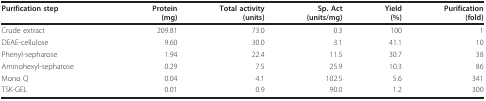
<table><thead><tr><td><b>Purification step</b></td><td><b>Protein(mg)</b></td><td><b>Total activity(units)</b></td><td><b>Sp. Act(units/mg)</b></td><td><b>Yield(%)</b></td><td><b>Purification(fold)</b></td></tr></thead><tbody><tr><td>Crude extract</td><td>209.81</td><td>73.0</td><td>0.3</td><td>100</td><td>1</td></tr><tr><td>DEAE-cellulose</td><td>9.60</td><td>30.0</td><td>3.1</td><td>41.1</td><td>10</td></tr><tr><td>Phenyl-sepharose</td><td>1.94</td><td>22.4</td><td>11.5</td><td>30.7</td><td>38</td></tr><tr><td>Aminohexyl-sepharose</td><td>0.29</td><td>7.5</td><td>25.9</td><td>10.3</td><td>86</td></tr><tr><td>Mono Q</td><td>0.04</td><td>4.1</td><td>102.5</td><td>5.6</td><td>341</td></tr><tr><td>TSK-GEL</td><td>0.01</td><td>0.9</td><td>90.0</td><td>1.2</td><td>300</td></tr></tbody></table>